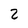
Character: 2